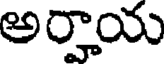
అర్హాయ